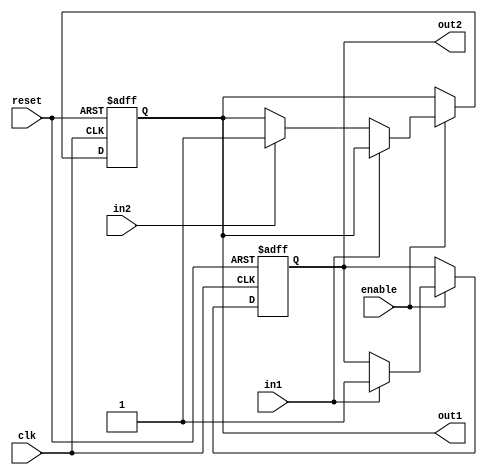
module bidirectional_buffer_gate (
    input wire clk,
    input wire reset,
    input wire enable,
    input wire in1,
    input wire in2,
    output reg out1,
    output reg out2
);

always @(posedge clk or posedge reset) begin
    if (reset) begin
        out1 <= 1'b0;
        out2 <= 1'b0;
    end else if (enable) begin
        if (in1) begin
            out2 <= in1;
        end else if (in2) begin
            out1 <= in2;
        end
    end
end

endmodule